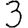
Digit: 3